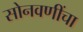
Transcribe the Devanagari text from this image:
सोनवणींचा